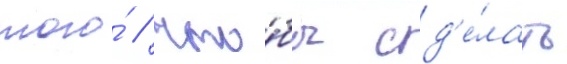
того́ / что́бы сд'е́лать